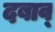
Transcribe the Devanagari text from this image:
दबाव्